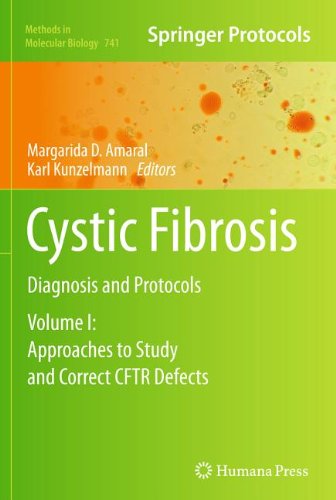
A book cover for Cystic Fibrosis: Diagnosis and Protocols, Volume I: Approaches to Study and Correct CFTR Defects (Methods in Molecular Biology); Health, Fitness & Dieting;